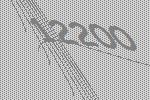
12200